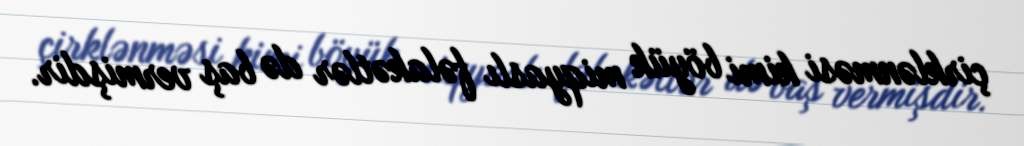
çirklənməsi kimi böyük miqyaslı fəlakətlər də baş vermişdir.